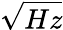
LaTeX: \sqrt{Hz}